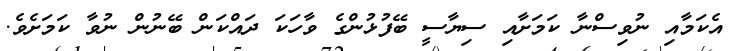
އެކަމާއި ނުވިސްނާ ކަމަށާއި ސިޔާސީ ބޭފުޅުންގެ ވާހަކަ ދައްކަން ބޭނުން ނުވާ ކަމަށެވެ.